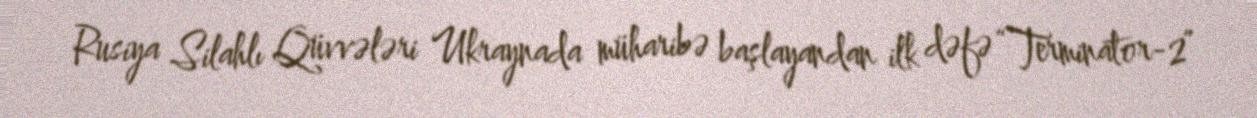
Rusiya Silahlı Qüvvələri Ukraynada müharibə başlayandan ilk dəfə “Terminator-2”